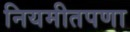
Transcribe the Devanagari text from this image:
नियमीतपणा